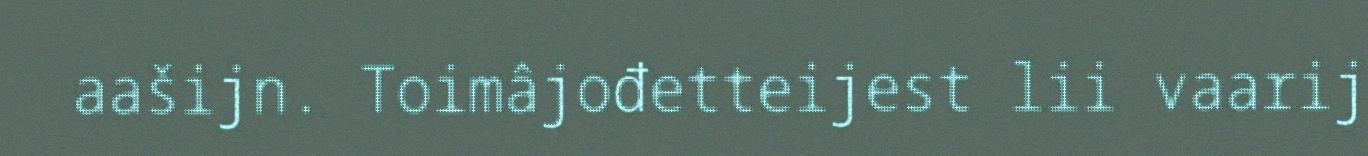
aašijn. Toimâjođetteijest lii vaarij